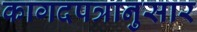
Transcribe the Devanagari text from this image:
कागदपत्रानुसार